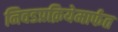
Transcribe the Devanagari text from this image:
निवडप्रक्रियेमार्फत